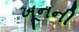
ખૂનની